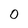
Character: 0